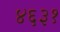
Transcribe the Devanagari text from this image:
४६३१